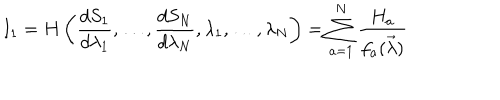
LaTeX: I _ { 1 } = H \left( \frac { d S _ { 1 } } { d \lambda _ { 1 } } , \dots , \frac { d S _ { N } } { d \lambda _ { N } } , \lambda _ { 1 } , \dots , \lambda _ { N } \right) = \sum _ { a = 1 } ^ { N } \frac { H _ { a } } { f _ { a } ( \vec { \lambda } ) }